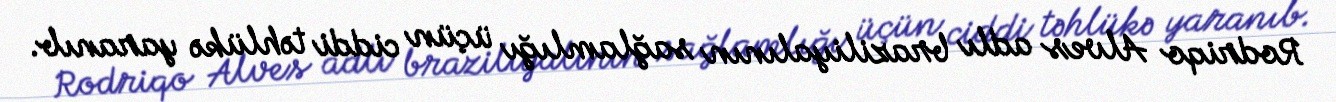
Rodriqo Alves adlı braziliyalının sağlamlığı üçün ciddi təhlükə yaranıb.